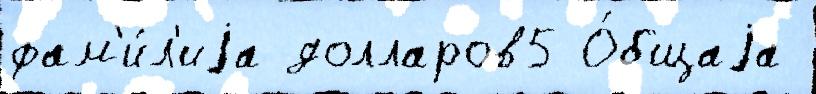
фам'и́л'иjа долларов5 О́бщаjа